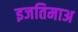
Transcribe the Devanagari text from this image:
इजतिमाअ